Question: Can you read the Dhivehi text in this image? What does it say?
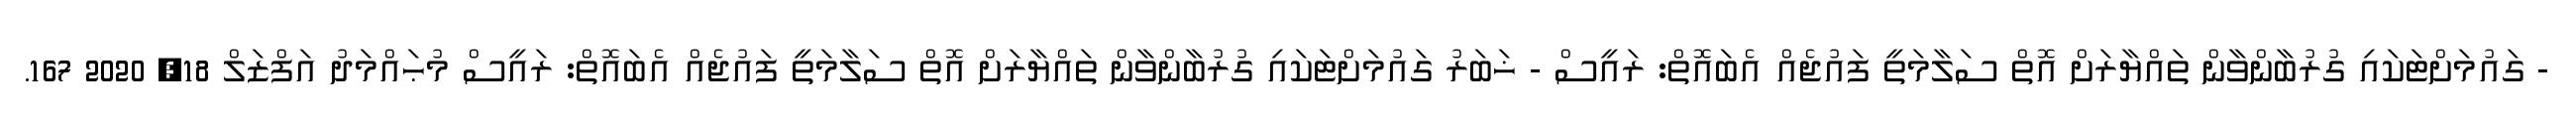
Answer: - ގައުމަށްޓަކައި ގުރުބާންވާން ތައްޔާރަށް އޮތް ސަލާމަތީ ފައުޖެއް އެބައޮތް: ރައީސް - ޚަބަރު ގައުމަށްޓަކައި ގުރުބާންވާން ތައްޔާރަށް އޮތް ސަލާމަތީ ފައުޖެއް އެބައޮތް: ރައީސް މުޙައްމަދު އަފްޒަލް 18, 2020 167.